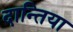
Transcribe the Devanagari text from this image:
दान्तिया